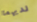
لديهما